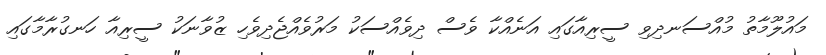
މައުލޫމާތު މުއްސަނދިވި ސީރިއާގައި އަނެއްކާ ވެސް ދިވެއްސަކު މަރުވެއްޖެދިވެހި ޒުވާނަކު ސީރިއާ ހަނގުރާމާގައި